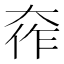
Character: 𫯧